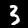
Label: 3